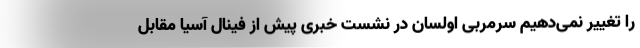
را تغییر نمی‌دهیم سرمربی اولسان در نشست خبری پیش از فینال آسیا مقابل